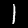
Digit: 1